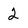
Character: 2